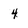
Character: 4